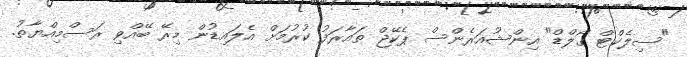
"ސިލެކްޓް ގޯލްޑް" އިންޝުއަރެންސް ޕެކޭޖް ތައާރަފު ކުރުމަށް އެލައިޑުން މިރޭ ބޭއްވި ރަސްމިއްޔާތު.